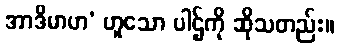
အာဒိမာဟ’ ဟူသော ပါဌ်ကို ဆိုသတည်း။